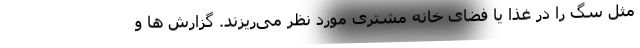
مثل سگ را در غذا یا فضای خانه مشتری مورد نظر می‌ریزند. گزارش ها و